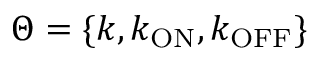
\Theta = \{ k , k _ { \mathrm { O N } } , k _ { \mathrm { O F F } } \}